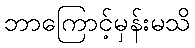
ဘာကြောင့်မှန်းမသိ